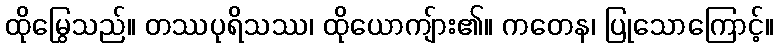
ထိုမြွေသည်။ တဿပုရိသဿ၊ ထိုယောကျ်ား၏။ ကတေန၊ ပြုသောကြောင့်။